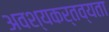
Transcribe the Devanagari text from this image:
अवश्यकर्तव्यता